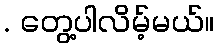
. တွေ့ပါလိမ့်မယ်။